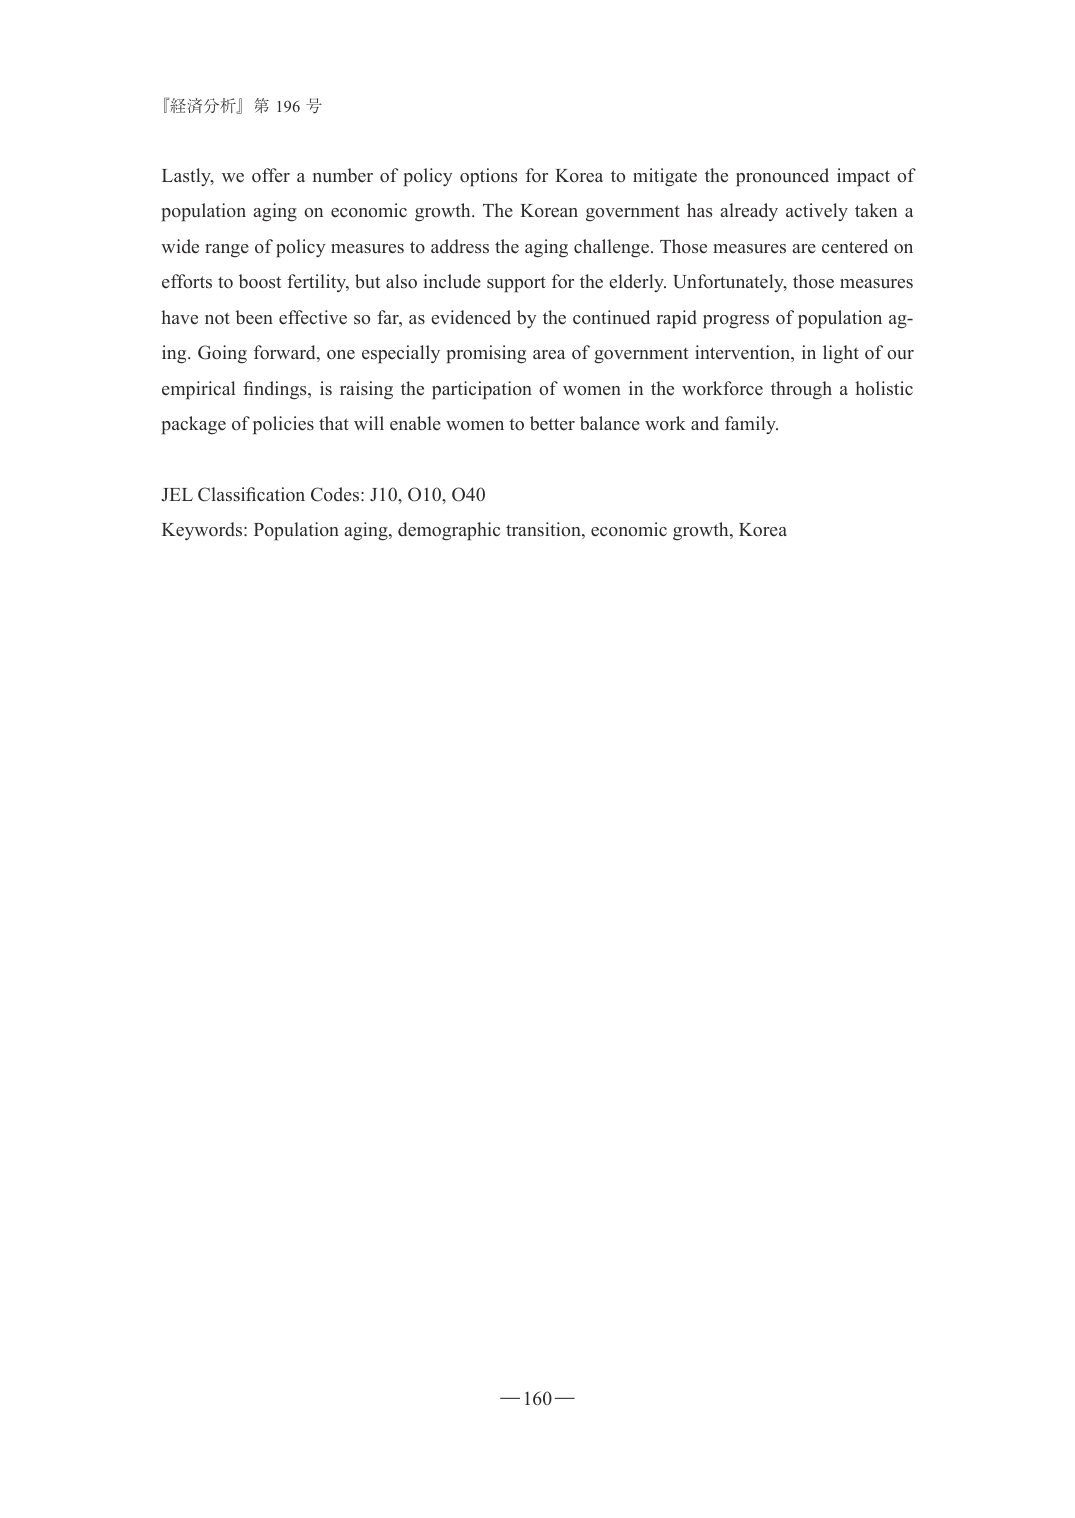
『経済分析』第 196 号

Lastly, we offer a number of policy options for Korea to mitigate the pronounced impact of population aging on economic growth. The Korean government has already actively taken a wide range of policy measures to address the aging challenge. Those measures are centered on efforts to boost fertility, but also include support for the elderly. Unfortunately, those measures have not been effective so far, as evidenced by the continued rapid progress of population aging. Going forward, one especially promising area of government intervention, in light of our empirical findings, is raising the participation of women in the workforce through a holistic package of policies that will enable women to better balance work and family.

JEL Classification Codes: J10, O10, O40
Keywords: Population aging, demographic transition, economic growth, Korea

— 160 —